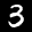
Label: 3